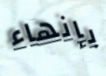
بإنهاء